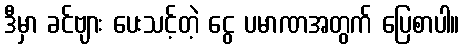
ဒီမှာ ခင်ဗျား ပေးသင့်တဲ့ ငွေ ပမာဏအတွက် ပြေစာပါ။